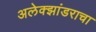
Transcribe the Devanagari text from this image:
अलेक्झांडराचा